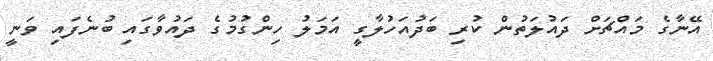
އޭނާގެ މައްޗަށް ދައުލަތުން ކުރި ބަދުއަހުލާގީ އަމަލު ހިންގުމުގެ ދައުވާގައި ބުނެފައި ވަނީ